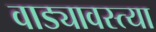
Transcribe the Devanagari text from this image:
वाड्यावस्त्या